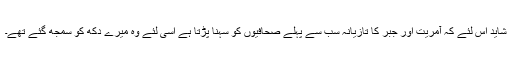
شاید اس لئے کہ آمریت اور جبر کا تازیانہ سب سے پہلے صحافیوں کو سہنا پڑتا ہے اسی لئے وہ میرے دکھ کو سمجھ گئے تھے۔